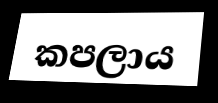
කපලාය